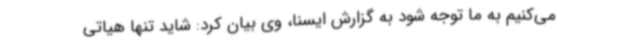
می‌کنیم به ما توجه شود به گزارش ایسنا، وی بیان کرد: شاید تنها هیاتی